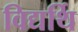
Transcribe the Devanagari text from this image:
विद्यर्थि